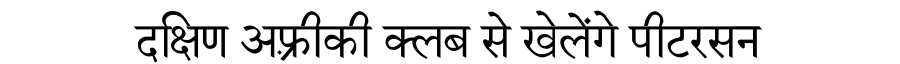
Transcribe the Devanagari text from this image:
दक्षिण अफ़्रीकी क्लब से खेलेंगे पीटरसन